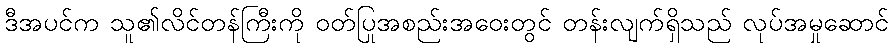
ဒီအပင်က သူ၏လိင်တန်ကြီးကို ဝတ်ပြုအစည်းအဝေးတွင် တန်းလျက်ရှိသည် လုပ်အမှုဆောင်